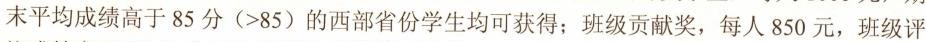
末平均成绩高于85分(>85)的西部省份学生均可获得；班级贡献奖，每人850元，班级评